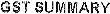
GST SUMMARY